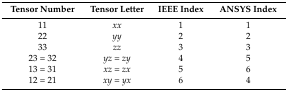
| Tensor Number | Tensor Letter | IEEE Index | ANSYS Index |
 | --- | --- | --- | --- |
 | 11 | xx | 1 | 1 |
 | 22 | yy | 2 | 2 |
 | 33 | zz | 3 | 3 |
 | 23 = 32 | yz = zy | 4 | 5 |
 | 13 = 31 | xz = zx | 5 | 6 |
 | 12 = 21 | xy = yx | 6 | 4 |